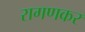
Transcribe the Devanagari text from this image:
रागणकर